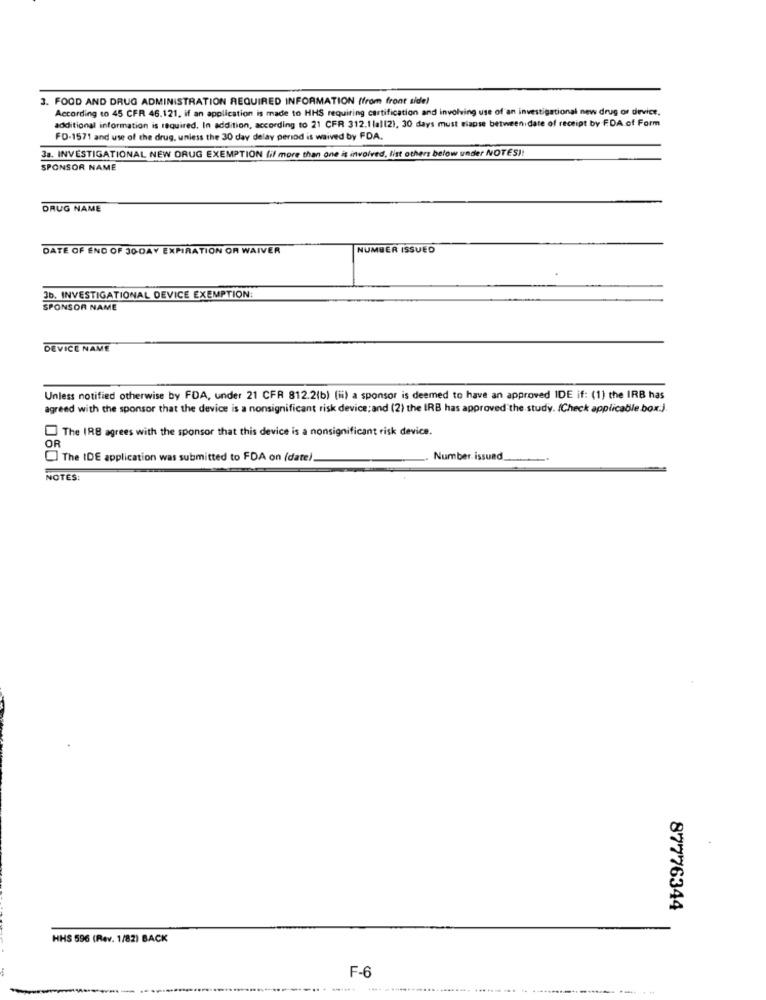
3. FOOD AND DRUG ADMINISTRATION REQUIRED INFORMATION (from front side)
According to 45 CFR 46.121. if an application is made to HHS requiring certification and involving use of an investigational new drug or device,
additional information is required. In addition, according to 21 CFR 312.1 (al(2), 30 days must siapse between date of receipt by FDA of Form
FD-1571 and use of the drug, unless the 30 day delay period is waived by FDA.
3a. INVESTIGATIONAL NEW DRUG EXEMPTION (if more than one is involved, list others below under NOTES !!
SPONSOR NAME
DRUG NAME
DATE OF END OF 30-DAY EXPIRATION OR WAIVER
NUMBER ISSUED
3b. INVESTIGATIONAL DEVICE EXEMPTION:
SPONSOR NAME
DEVICE NAME
Unless notified otherwise by FDA, under 21 CFR 812.2(b) (ii) a sponsor is deemed to have an approved IDE if: (1) the IRB has
agreed with the sponsor that the device is a nonsignificant risk device; and (2) the IRB has approved"the study. (Check applicable box.).
The IRS agrees with the sponsor that this device is a nonsignificant risk device.
OR
The IDE application was submitted to FDA on (date).
Number. issued
NOTES:
87776344
HHS 596 (Rev. 1/82) BACK
F-6